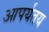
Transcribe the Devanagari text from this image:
आपर्यतय